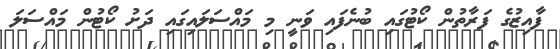
ފާއިޒުގެ ފަރާތުން ކޯޓުގައި ބުނެފައި ވަނީ މި މައްސަލައިގައި ދަށު ކޯޓުން މައްސަލަ